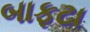
બાફટા